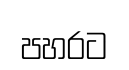
පහරට